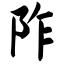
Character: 阼